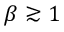
\beta \gtrsim 1